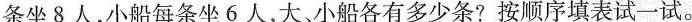
条坐8人，小船每条坐6人，大、小船各有多少条?按顺序填表试一试。